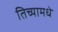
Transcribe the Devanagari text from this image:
तिच्यामधे